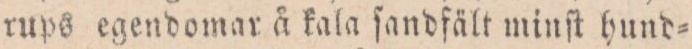
rups egendomar å kala ſandfält minſt hund=